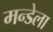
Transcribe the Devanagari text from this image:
मन्डेला